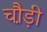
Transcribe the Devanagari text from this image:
चौ़ड़ी